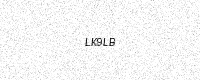
Text: LK9LB